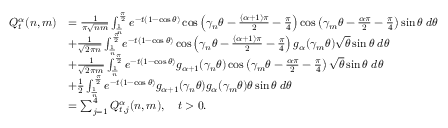
\begin{array} { r l } { Q _ { t } ^ { \alpha } ( n , m ) } & { = \frac { 1 } { \pi \sqrt { n m } } \int _ { \frac { 1 } { n } } ^ { \frac { \pi } { 2 } } e ^ { - t ( 1 - \cos \theta ) } \cos \left( \gamma _ { n } \theta - \frac { ( \alpha + 1 ) \pi } { 2 } - \frac { \pi } { 4 } \right) \cos \left( \gamma _ { m } \theta - \frac { \alpha \pi } { 2 } - \frac { \pi } { 4 } \right) \sin \theta \; d \theta } \\ & { + \frac { 1 } { \sqrt { 2 \pi n } } \int _ { \frac { 1 } { n } } ^ { \frac { \pi } { 2 } } e ^ { - t ( 1 - \cos \theta ) } \cos \left( \gamma _ { n } \theta - \frac { ( \alpha + 1 ) \pi } { 2 } - \frac { \pi } { 4 } \right) g _ { \alpha } ( \gamma _ { m } \theta ) \sqrt { \theta } \sin \theta \; d \theta } \\ & { + \frac { 1 } { \sqrt { 2 \pi m } } \int _ { \frac { 1 } { n } } ^ { \frac { \pi } { 2 } } e ^ { - t ( 1 - \cos \theta ) } g _ { \alpha + 1 } ( \gamma _ { n } \theta ) \cos \left( \gamma _ { m } \theta - \frac { \alpha \pi } { 2 } - \frac { \pi } { 4 } \right) \sqrt { \theta } \sin \theta \; d \theta } \\ & { + { \frac { 1 } { 2 } } \int _ { \frac { 1 } { n } } ^ { \frac { \pi } { 2 } } e ^ { - t ( 1 - \cos \theta ) } g _ { \alpha + 1 } ( \gamma _ { n } \theta ) g _ { \alpha } ( \gamma _ { m } \theta ) { \theta } \sin \theta \; d \theta } \\ & { = \sum _ { j = 1 } ^ { 4 } Q _ { t , j } ^ { \alpha } ( n , m ) , \quad t > 0 . } \end{array}